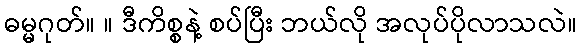
ဓမ္မဂုတ်။ ။ ဒီကိစ္စနဲ့ စပ်ပြီး ဘယ်လို အလုပ်ပိုလာသလဲ။